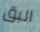
البق